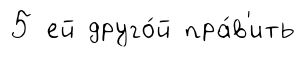
5 ей друго́й пра́в'ить